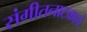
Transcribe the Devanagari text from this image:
संगीतनाटकाचे